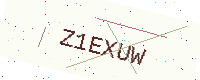
Text: Z1EXUW